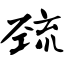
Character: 巯